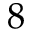
8